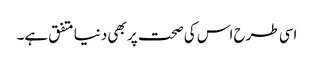
اسی طرح اس کی صحت پر بھی دنیا متفق ہے۔